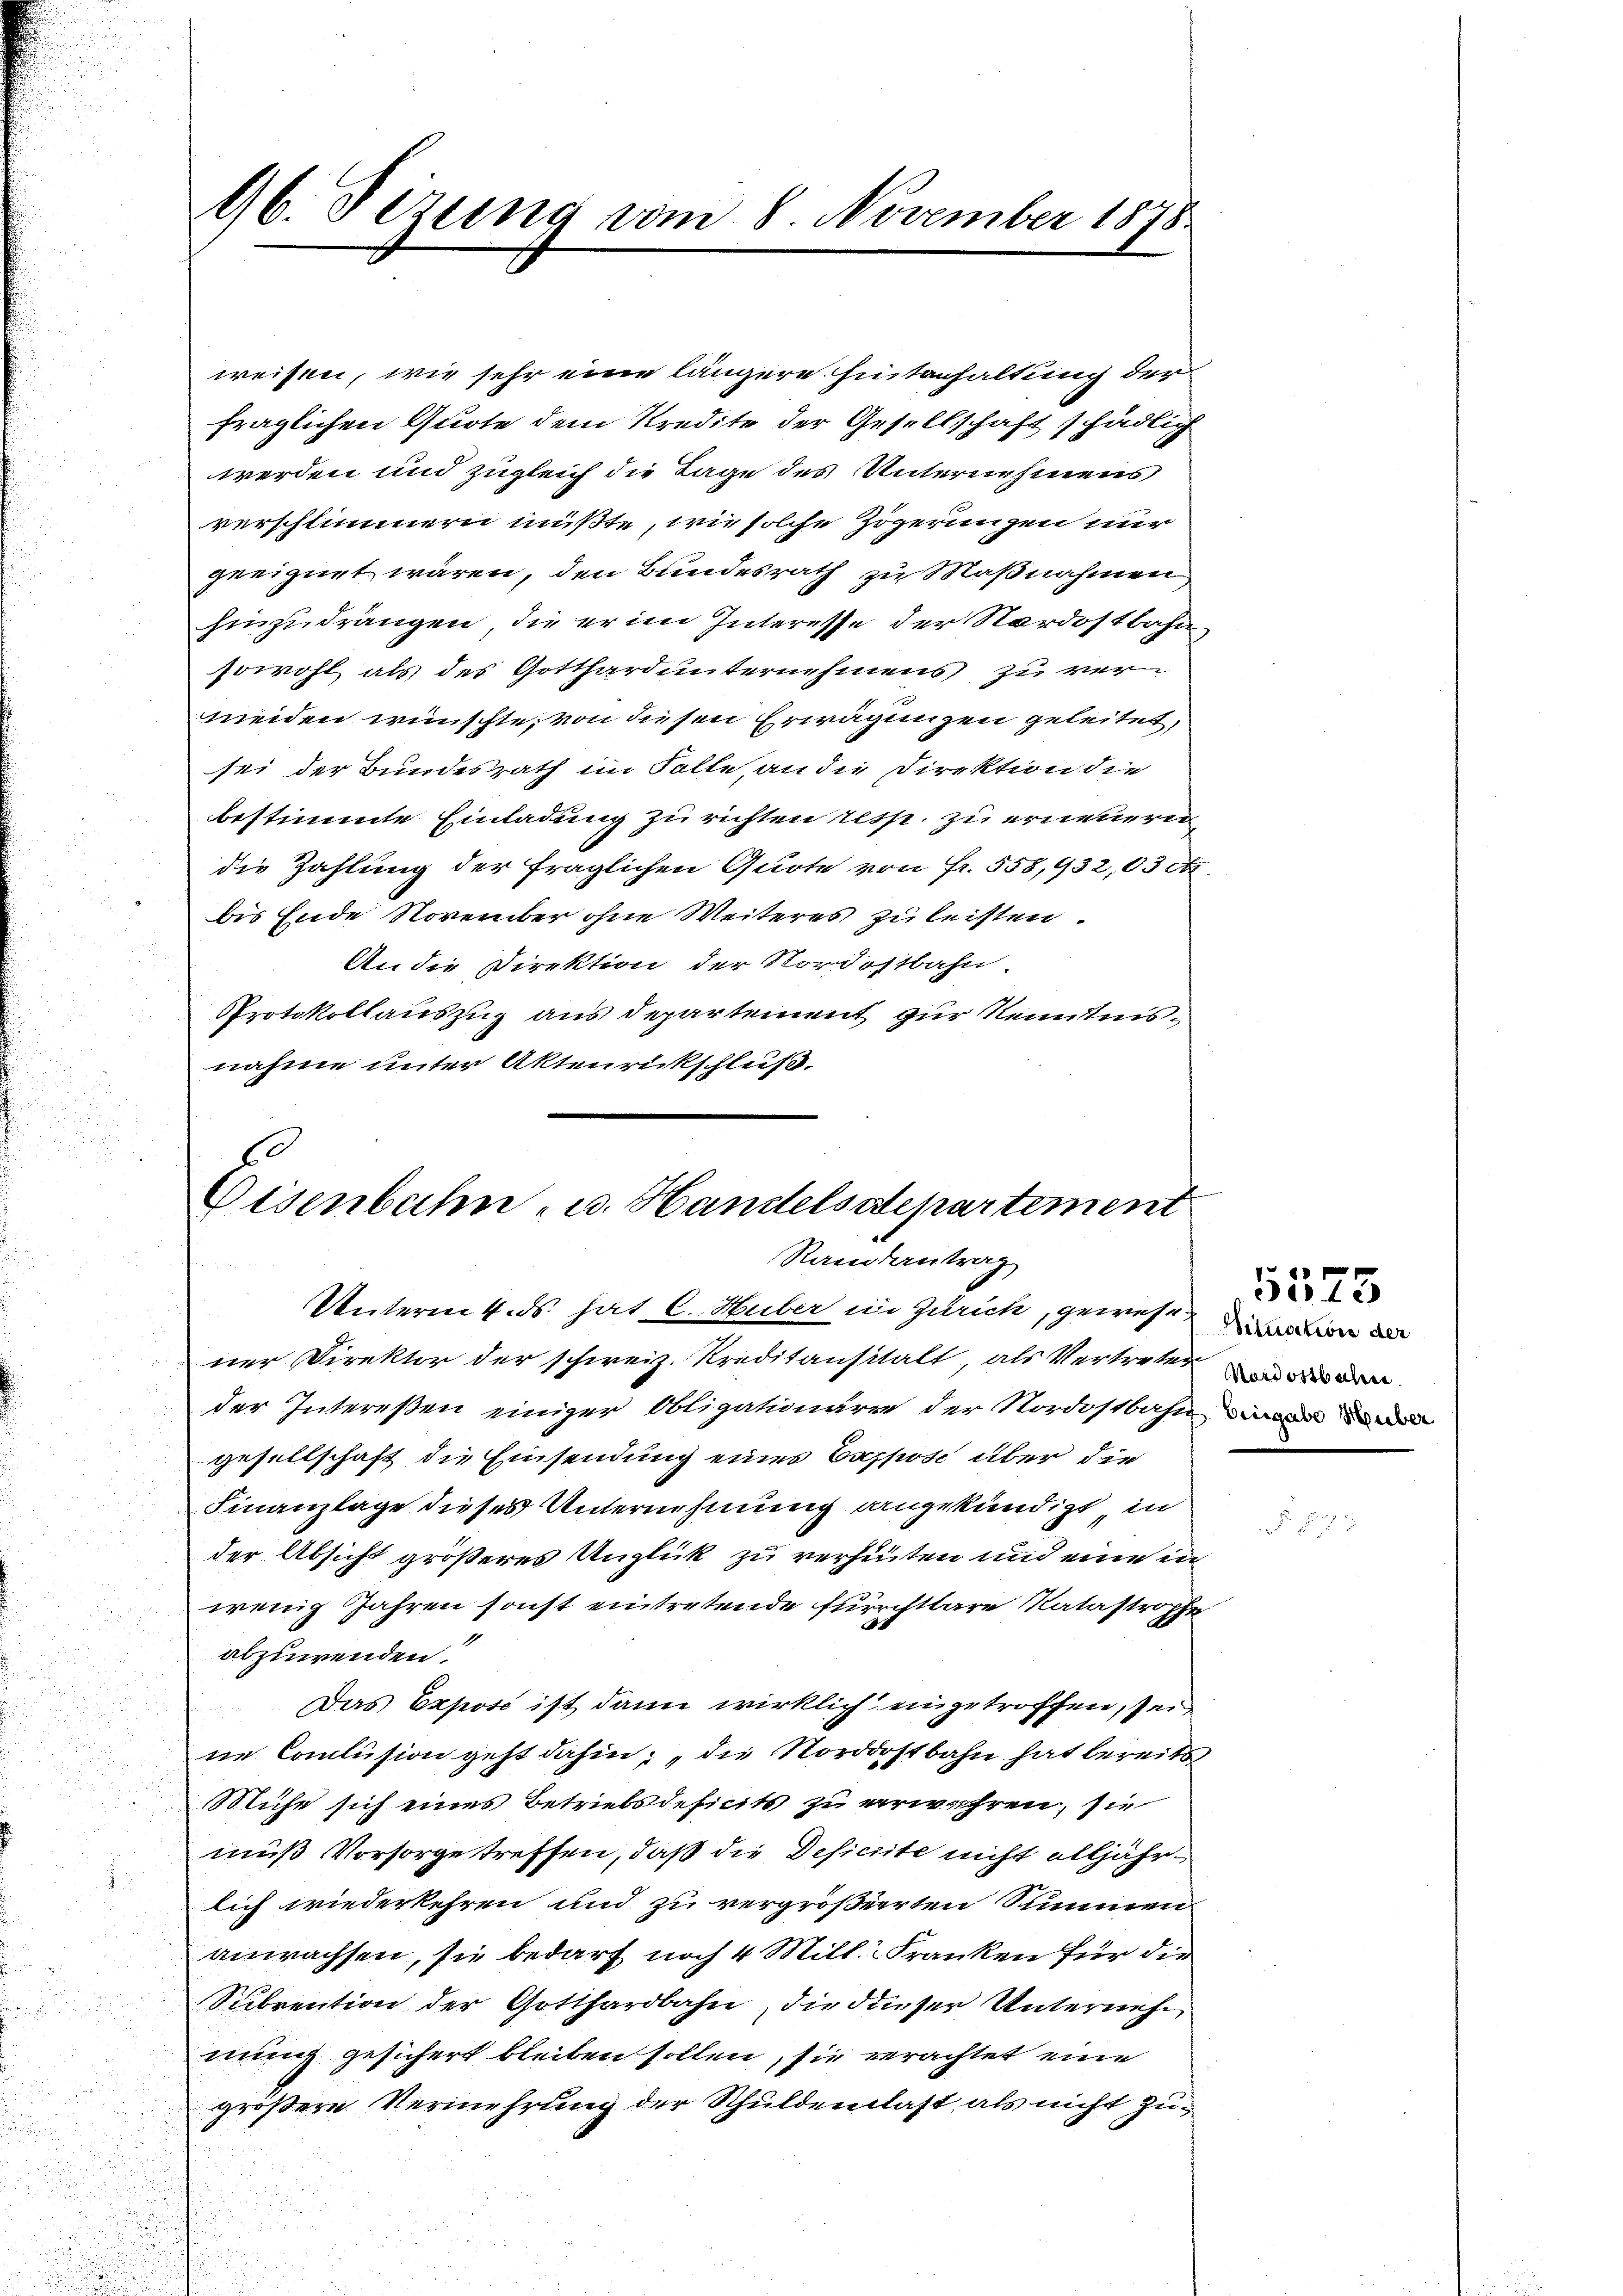
96. Fezung vom 8. November 1818.

weisen, wie sehr eine längere Hintanhaltung der
fraglichen Quote dem Kredite der Gesellschaft schädlic
werden und zugleich die Tage des Unternehmens
verschlimmern müßte, wie solche Zögerungen nur
geeignet wären, den Bundesrath zu Maßnahmen
hinzudrängen, die er im Interesse der Nordostbahn
sowohl als des Gotthard unternehmens zu ver
meiden wünschte, von diesen Erwägungen geleitet,
sei der Bundesrath im Folle, an die Direktion die
bestimmte Einladung zu richten resp. zu erneueren
die Zahlung der fraglichen Quote von Fr. 558,932,03 c.
bis Ende November ohne Weiteres zu leisten.
An die Direktion der Nordostbahn.
Protokollauszug aus Departement zur Kenntnisnahme unter Aktenrückschluß.

6
Visenbahn - u. Handelsdepartement
Randantrag

Unterm 4. ds. hat C. Huber in Zürich, gewesen de
ner Direktor der schweiz. Kreditanstalt, als Vertreten und de
der Intereßen einiger Obligationären der Nordostbahn die
gesellschaft die Einsendung eines Cappose über die
Finanzlage dieses Unternehmung angekündigt, in
der Absicht größeres Unglück zu verheiten und eine in
wenig Jahren sonst eintretende Furrchtbare Natastrophe
2
abzuwenden.
Das Expose ist dann wirklich eingetroffen, sei
ne Conclusion geht dahin, die Nordostbahn hat bereits
Mühe sich eines Betriebsdeficits zu verwahren, sie
muß Vorsorge treffen, daß die Deficite nicht alljähr¬
.
lich wiederkehren und zu vergrößerten Summen
anwachsen, sie bedarf noch 4 Mill. Franken für die
Subrention der Gotthardbahn, die dieser Unternehm
¬
nung gesichert bleiben sollen, sie verachtet eine
größere Vermehrung der Schuldentlast als nicht zu¬

5523